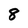
Character: 8